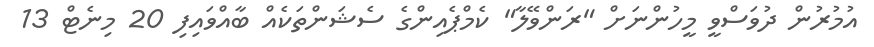
އުމުރުން ދުވަސްވީ މީހުންނަށް "ރަންވޭލާ" ކެމްޕެއިންގެ ސެޝަންތަކެއް ބާއްވައިފި 20 މިނެޓް 13